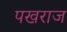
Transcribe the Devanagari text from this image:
पखराज